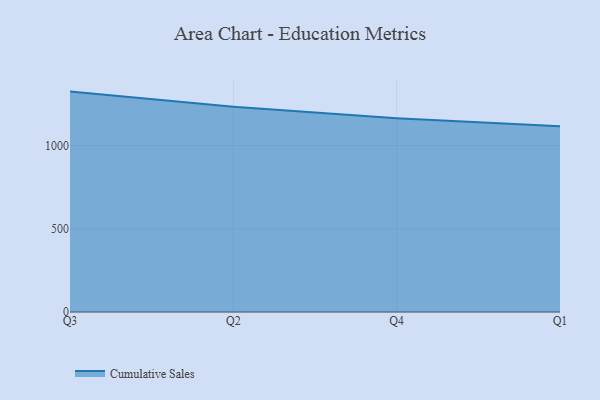
{"axis": {"x": "Quarter", "y": "Active Users"}, "legend": ["Cumulative Sales"], "data": [{"x": "Q3", "y": 1324.6, "type": "Cumulative Sales"}, {"x": "Q2", "y": 1233.8, "type": "Cumulative Sales"}, {"x": "Q4", "y": 1164.4, "type": "Cumulative Sales"}, {"x": "Q1", "y": 1116.0, "type": "Cumulative Sales"}]}